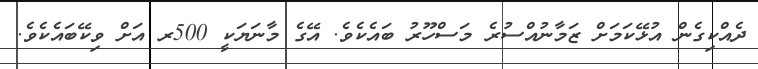
ދެއްކިގެން އުޅޭކަމަށް ޒަމާނުއްސުރެ މަސްހޫރު ބައެކެވެ. އޭގެ މާނަޔަކީ 500ރ އަށް ވިކޭބައެކެވެ.